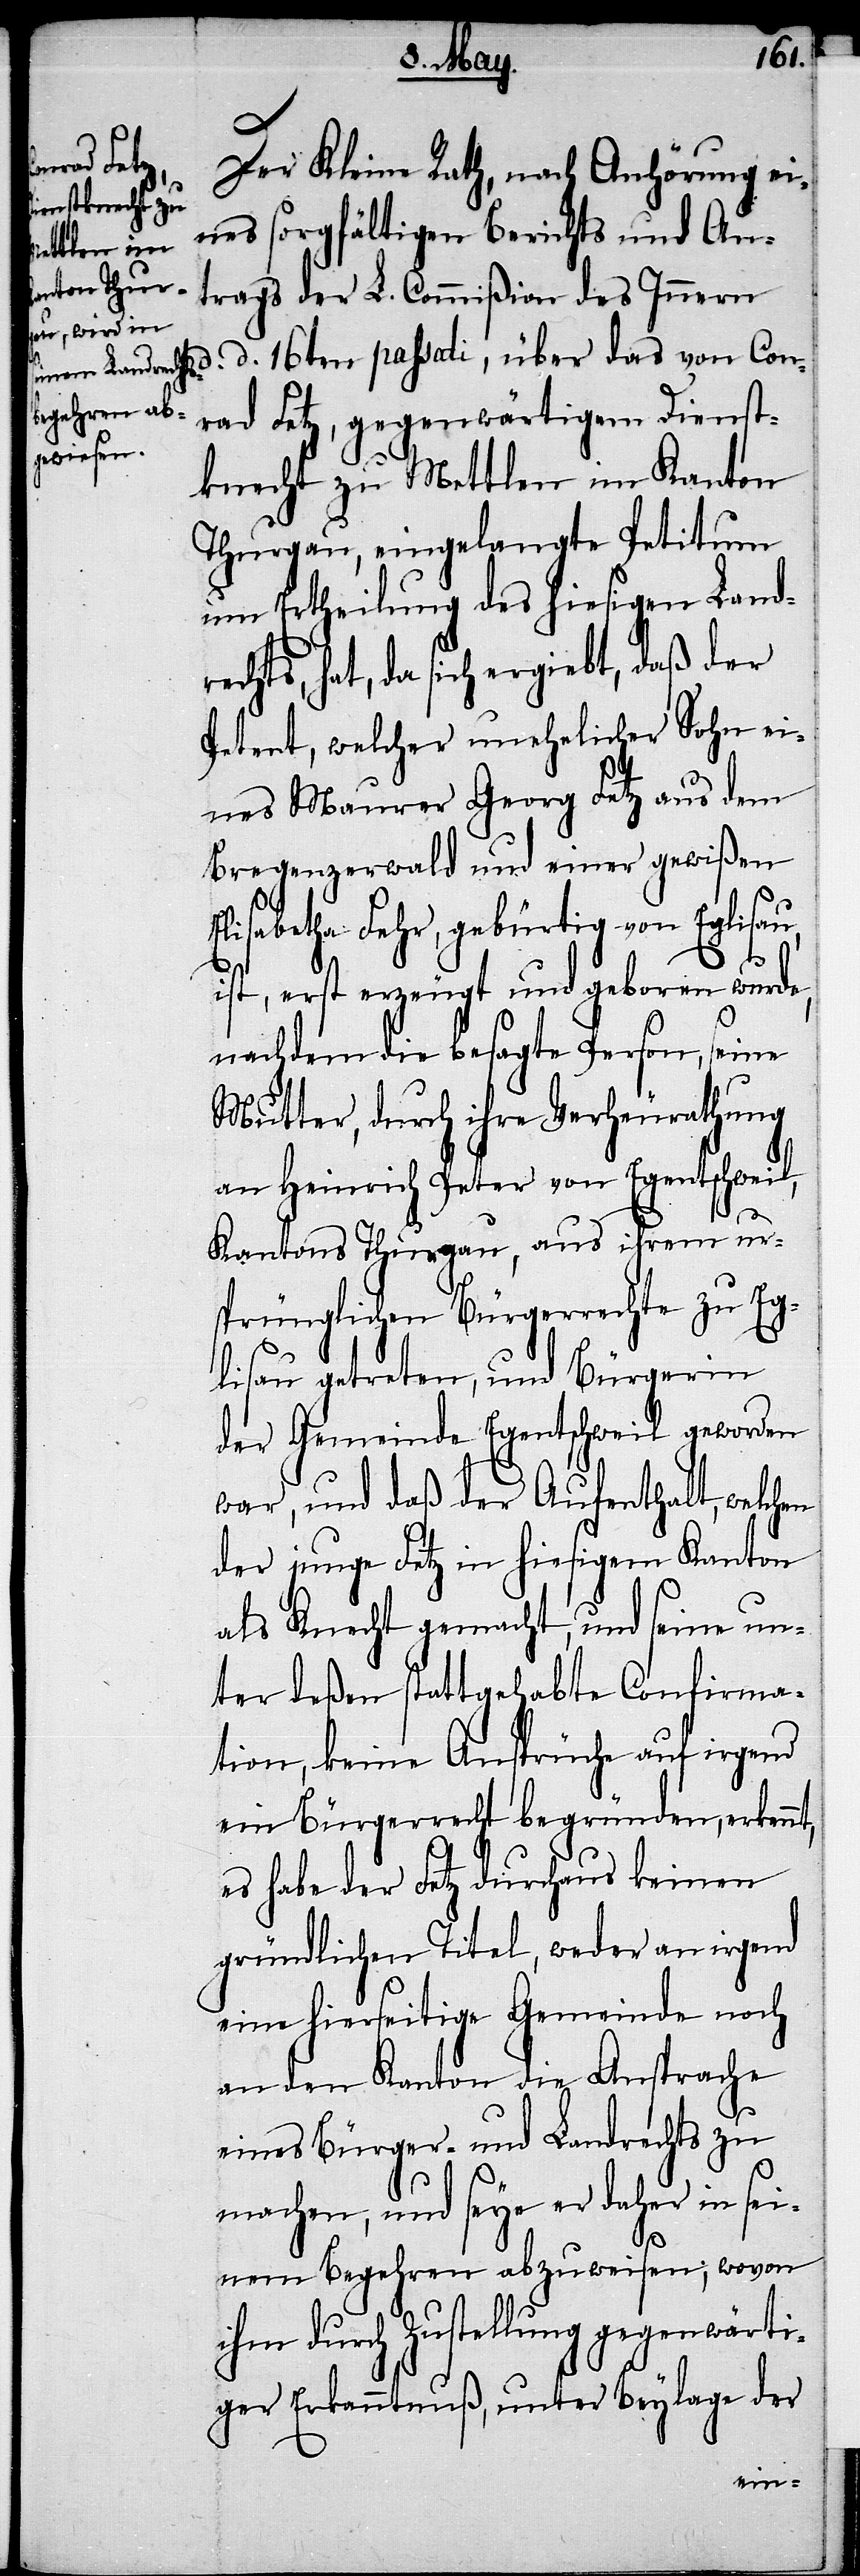
Der Kleine Rath, nach Anhörung ei¬
nes sorgfältigen Berichts und An¬
trags der L. Commißion des Innern
d. d. 16ten passati, über das von Con¬
rad Fetz, gegenwärtigem Dienst¬
knecht zu Mettlen im Kanton
Thurgau, eingelangte Petitum
um Ertheilung des hiesigen Land¬
rechts, hat, da sich ergiebt, daß der
Petent, welcher unehelicher Sohn ei¬
nes Maurer Georg Fetz aus dem
Bregenzerwald und einer gewißen
Elisabetha Fehr, gebürtig von Eglisau,
ist, erst erzeugt und geboren wurde,
nachdem die besagte Person, seine
Mutter, durch ihre Verheurathung
an Heinrich Peter von Egentschweil,
Kantons Thurgau, aus ihrem ur¬
sprünglichen Bürgerrechte zu Eg¬
lisau getreten, und Bürgerin
der Gemeinde Egentschweil geworden
war, und daß der Aufenthalt, welchen
der junge Fetz in hiesigem Kanton
als Knecht gemacht, und seine un¬
ter deßen stattgehabte Confirma¬
tion, keine Ansprüche auf irgend
ein Bürgerrecht begründen, erkennt,
es habe der Fetz durchaus keinen
gründlichen Titel, weder an irgend
eine hierseitige Gemeinde noch
an den Kanton die Ansprache
eines Bürger- und Landrechts zu
machen, und seye er daher in sei¬
nem Begehren abzuweisen; wovon
ihm durch Zustellung gegenwärti¬
ger Erkanntnuß, unter Beylage der